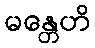
မန္တေဟိ